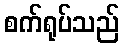
စက်ရုပ်သည်